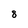
Character: 8